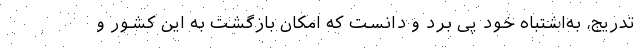
تدریج، به‌اشتباه خود پی برد و دانست که امکان بازگشت به این کشور و